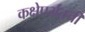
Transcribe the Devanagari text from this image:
कक्षेपर्यंतची